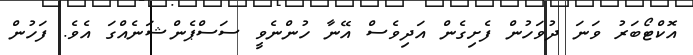
އޮކްޓޯބަރު ވަނަ ދުވަހުން ފެށިގެން އަދިވެސް އޭނާ ހުންނެވީ ސަސްޕެންޝަނެއްގަ އެވެ. ފަހުން